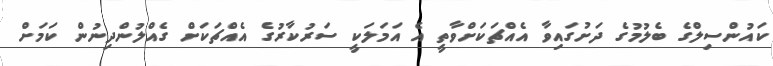
ކައުންސިލްގެ ބެލުމުގެ ދަށުގައިވާ އެއްޗަކަށްވާތީ އެ އަމަލަކީ ސަރުކާރުގެ އެއްޗަކަށް ގެއްލުންދިނުން ކަމަށް